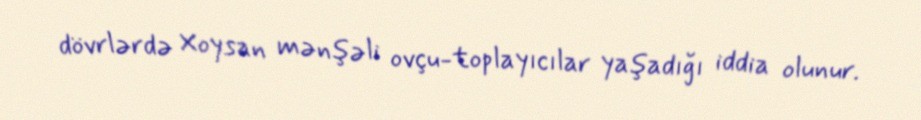
dövrlərdə Xoysan mənşəli ovçu-toplayıcılar yaşadığı iddia olunur.